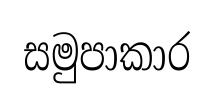
සමුපාකාර